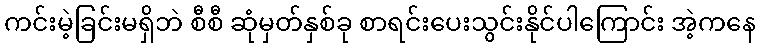
ကင်းမဲ့ခြင်းမရှိဘဲ စီစီ ဆုံမှတ်နှစ်ခု စာရင်းပေးသွင်းနိုင်ပါကြောင်း အဲ့ကနေ